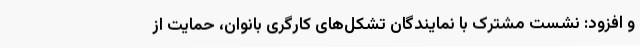
و افزود: نشست مشترک با نمایندگان تشکل‌های کارگری بانوان، حمایت از